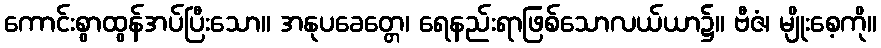
ကောင်းစွာထွန်အပ်ပြီးသော။ အနုပခေတ္တေ၊ ရေနည်းရာဖြစ်သောလယ်ယာ၌။ ဗီဇံ၊ မျိုးစေ့ကို။